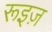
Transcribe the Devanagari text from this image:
रूइज़